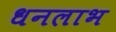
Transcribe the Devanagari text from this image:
धनलाभ